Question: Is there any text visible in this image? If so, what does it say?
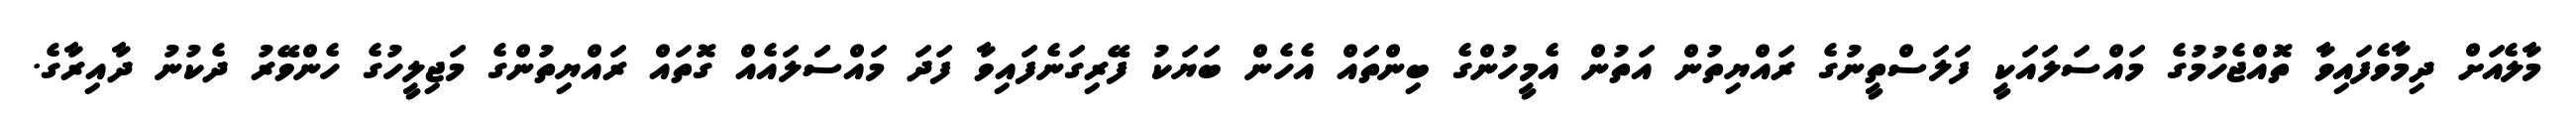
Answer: މާލެއަށް ދިމާވެފައިވާ ތޮއްޖެހުމުގެ މައްސަލައަކީ ފަލަސްތީނުގެ ރައްޔިތުން އަތުން އެމީހުންގެ ބިންތައް އެހެން ބަޔަކު ފޭރިގަނެފައިވާ ފަދަ މައްސަަލައެއް ގޮތައް ރައްޔިތުންގެ މަޖިލީހުގެ ހެންވޭރު ދެކުނު ދާއިރާގެ.